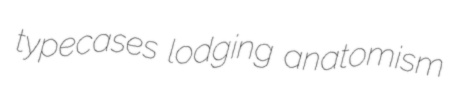
typecases lodging anatomism